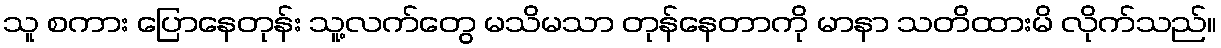
သူ စကား ပြောနေတုန်း သူ့လက်တွေ မသိမသာ တုန်နေတာကို မာနာ သတိထားမိ လိုက်သည်။